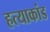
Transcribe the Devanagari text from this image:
हत्‍याकांड